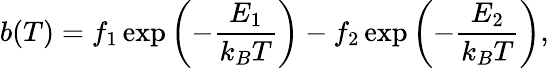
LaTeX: b(T)=f_{1}\exp\left(-\frac{E_{1}}{k_{B}T}\right)-f_{2}\exp\left(-\frac{E_{2}}{k_{B}T}\right),